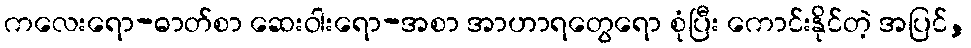
ကလေးရော-ဓာတ်စာ ဆေးဝါးရော-အစာ အာဟာရတွေရော စုံပြီး ကောင်းနိုင်တဲ့ အပြင်,